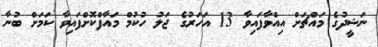
ނަޝީދުގެ މައްޗަށް އިއްވާފައިވާ 13 އަހަރުގެ ޖަލު ހުކުމް މައާފްކޮށްފައިވާ ކަމަށް ބުނާ